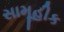
સામૂહીક